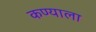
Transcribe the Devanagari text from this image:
कण्याला